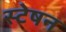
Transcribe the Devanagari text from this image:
स्टेषन